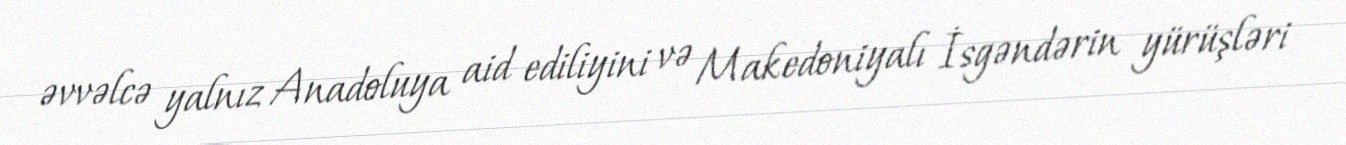
əvvəlcə yalnız Anadoluya aid ediliyini və Makedoniyalı İsgəndərin yürüşləri